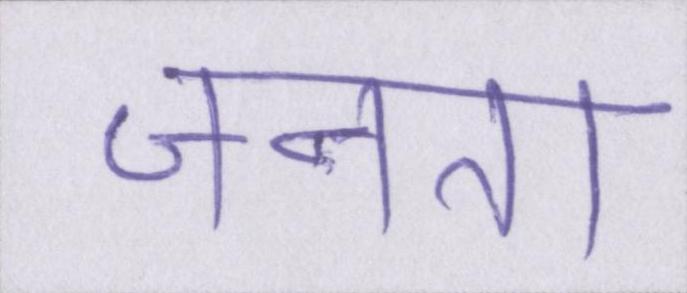
जनता